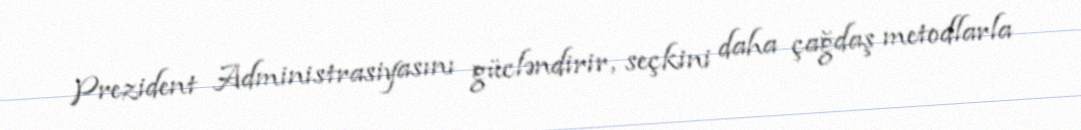
Prezident Administrasiyasını gücləndirir, seçkini daha çağdaş metodlarla